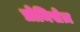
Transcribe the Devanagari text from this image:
प्रोमिसेज़